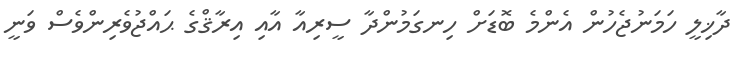
ދާޚިލީ ހަމަނުޖެހުން އެންމެ ބޮޑަށް ހިނގަމުންދާ ސީރިއާ އާއި އިރާޤްގެ ޙައްޖުވެރިންވެސް ވަނީ